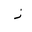
Letter: _zay